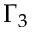
\Gamma _ { 3 }